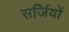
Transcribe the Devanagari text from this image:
सर्जियों